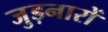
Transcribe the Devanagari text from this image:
जुड़नारों